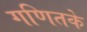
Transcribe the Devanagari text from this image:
गणितके